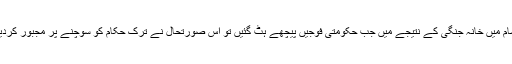
شام میں خانہ جنگی کے نتیجے میں جب حکومتی فوجیں پیچھے ہٹ گئیں تو اس صورتحال نے ترک حکام کو سوچنے پر مجبور کردیا۔